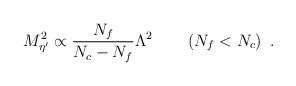
LaTeX: \begin{align*}M^2_{\eta^{\prime}}\propto\frac{N_f}{N_c - N_f} \Lambda^2 \qquad \left(N_f < N_c\right)\ .\end{align*}